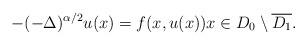
LaTeX: \begin{align*}-(-\Delta)^{\alpha/2}u(x) = f(x,u(x)) x \in D_0 \setminus \overline{D_1}.\end{align*}